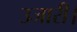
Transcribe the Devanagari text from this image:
उजारी।